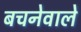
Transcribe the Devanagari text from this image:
बचनेवाले